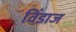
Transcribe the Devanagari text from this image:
विंडाज